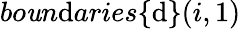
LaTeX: bo\mathit{u}n\mathrm{d}aries\{ \mathrm{d}\} (i,1)